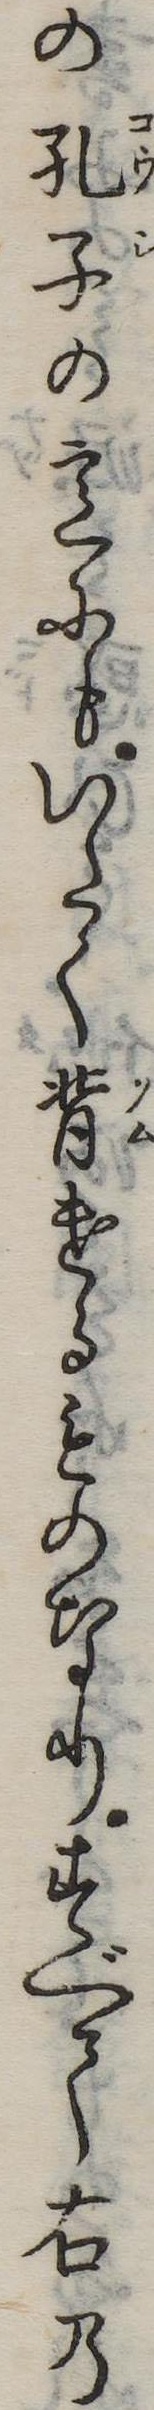
の孔子の意にもいたく背けるものなりすべて右の